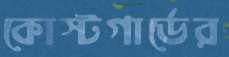
কোস্টগার্ডের